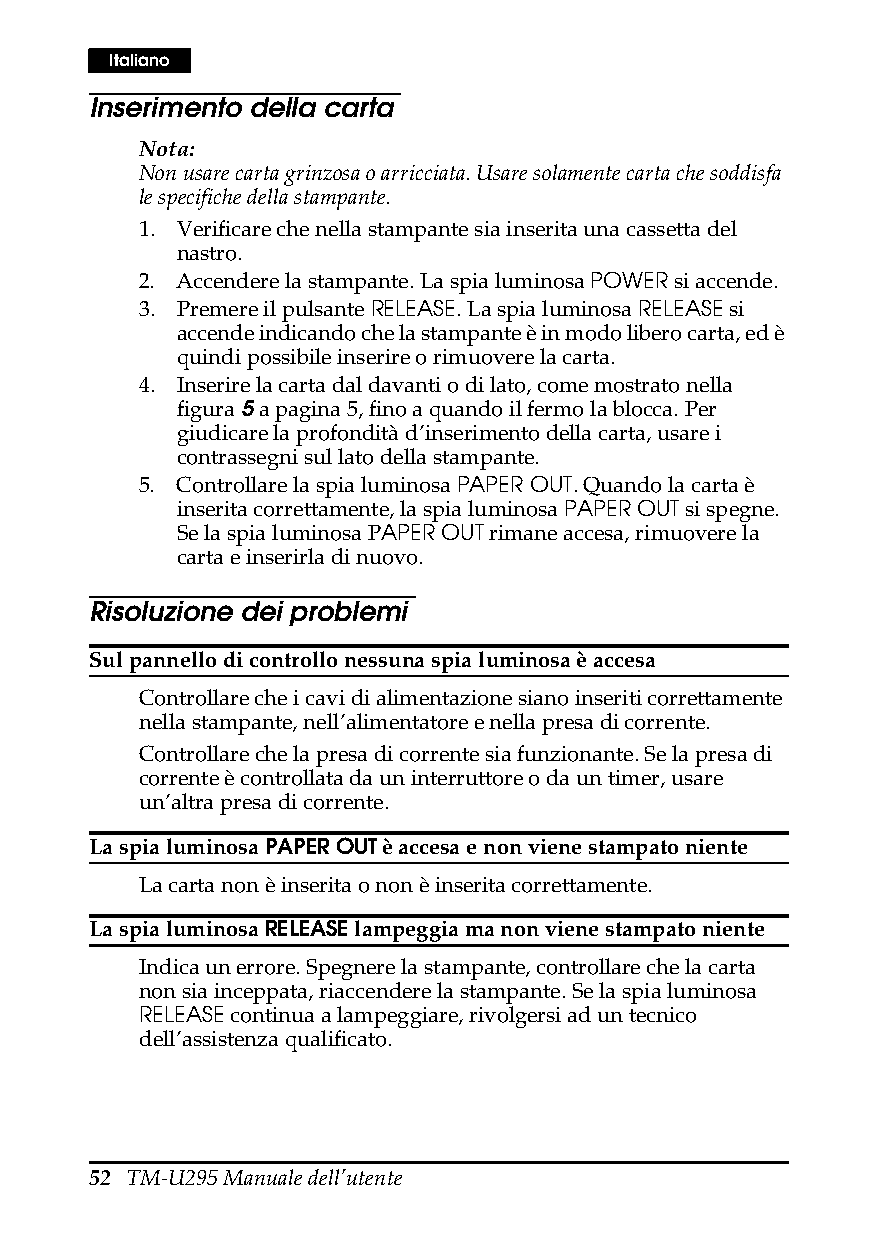
Italiano
 Inserimento della carta
 Nota:
 Non usare carta grinzosa o arricciata. Usare solamente carta che soddisfa
 le specifiche della stampante.
 1. Verificare che nella stampante sia inserita una cassetta del
 nastro.
 2. Accendere la stampante. La spia luminosa POWER si accende.
 3. Premere il pulsante RELEASE. La spia luminosa RELEASE si
 accende indicando che la stampante è in modo libero carta, ed è
 quindi possibile inserire o rimuovere la carta.
 4. Inserire la carta dal davanti o di lato, come mostrato nella
 figura 5 a pagina5, fino a quando il fermo la blocca. Per
 giudicare la profondità d’inserimento della carta, usare i
 contrassegni sul lato della stampante.
 5. Controllare la spia luminosa PAPER OUT. Quando la carta è
 inserita correttamente, la spia luminosa PAPER OUT si spegne.
 Se la spia luminosa PAPER OUT rimane accesa, rimuovere la
 carta e inserirla di nuovo.
 Risoluzione dei problemi
 Sul pannello di controllo nessuna spia luminosa è accesa
 Controllare che i cavi di alimentazione siano inseriti correttamente
 nella stampante, nell’alimentatore e nella presa di corrente.
 Controllare che la presa di corrente sia funzionante. Se la presa di
 corrente è controllata da un interruttore o da un timer, usare
 un’altra presa di corrente.
 La spia luminosa PAPER OUT è accesa e non viene stampato niente
 La carta non è inserita o non è inserita correttamente.
 La spia luminosa RELEASE lampeggia ma non viene stampato niente
 Indica un errore. Spegnere la stampante, controllare che la carta
 non sia inceppata, riaccendere la stampante. Se la spia luminosa
 RELEASE continua a lampeggiare, rivolgersi ad un tecnico
 dell’assistenza qualificato.
 52 TM-U295 Manuale dell’utente